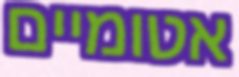
אטומיים